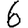
Digit: 6